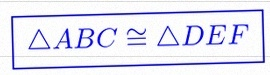
\triangle ABC\cong\triangle DEF